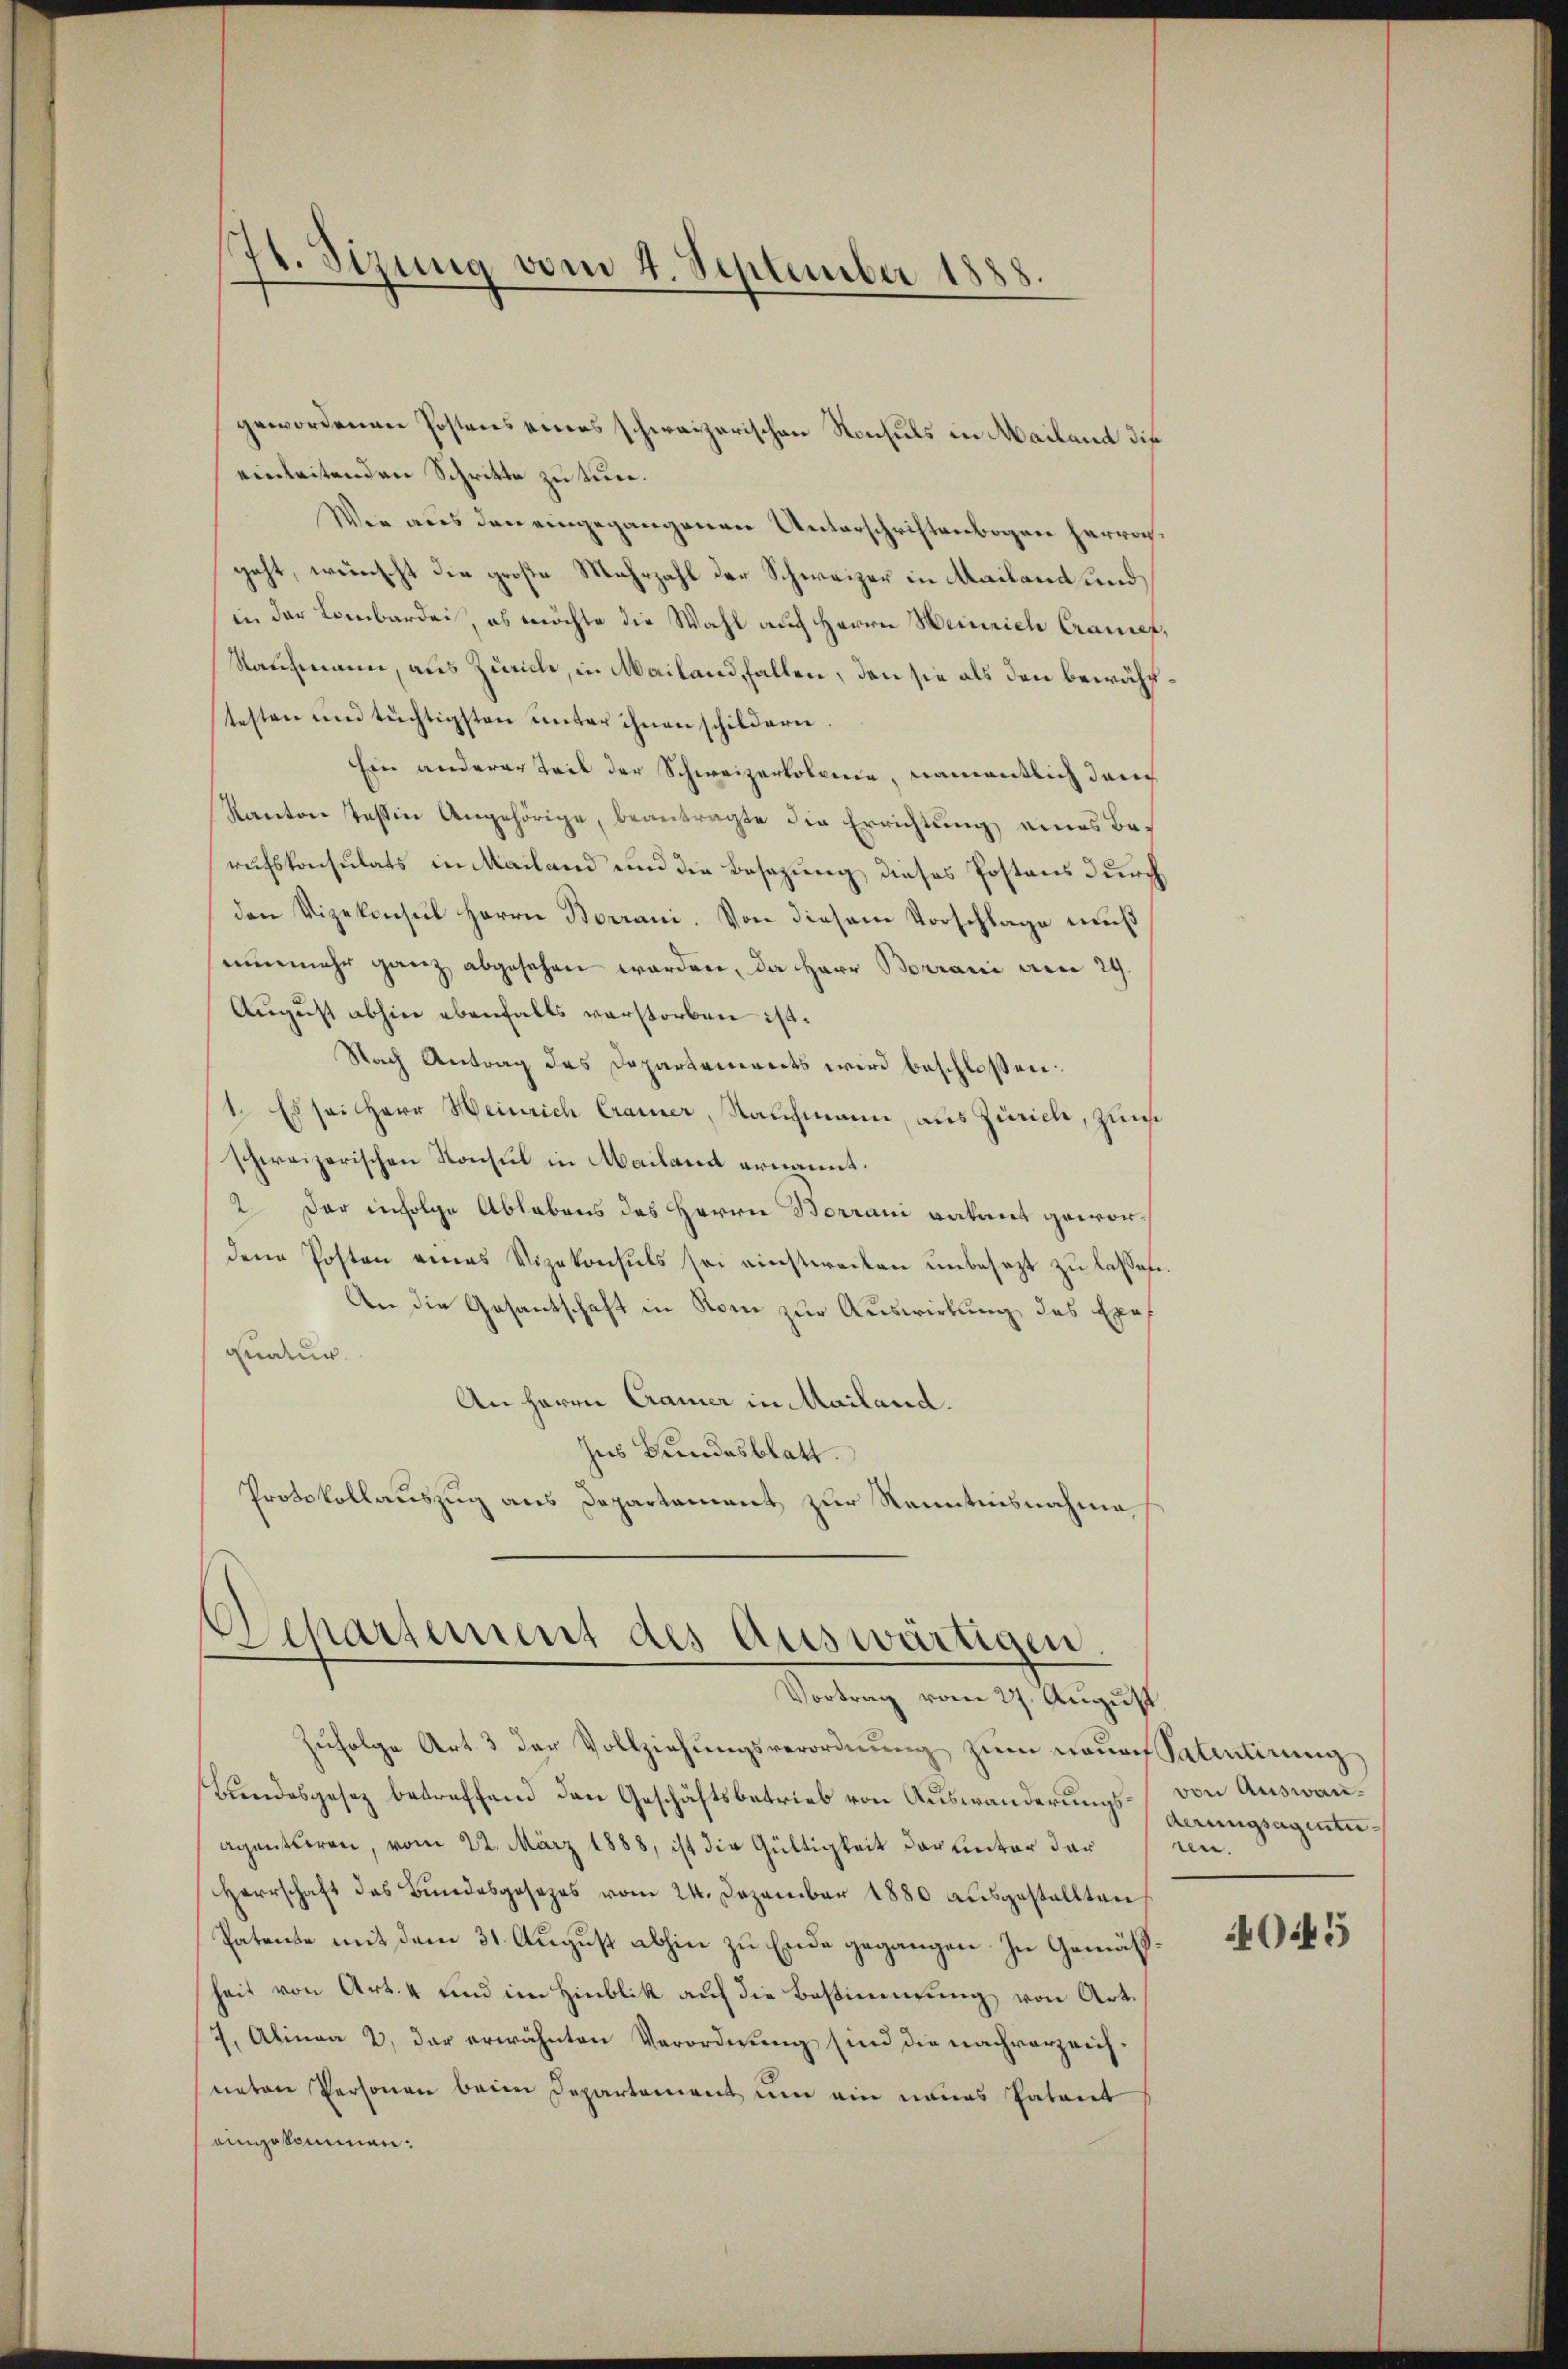
74. Sizung vom 4. September 1888.

gewordenen Postens eines schweizerischen Konsuls in Mailand die
einleitenden Schritte zu tun.
Wie aus den eingegangenen Unterschriftenbogen herroc
geht, wünscht die große Mehrzahl der Schweizer in Mailand und
in der Lombarde, es möchte die Wahl auf Herrn Heinrich Cranef,
Saufmann, aus Zürich, in Mailand, fallen, den sie als den bewähltesten und tüchtigsten unter ihnen schildern.
Ein anderer Teil der Schweizerkolonie, namentlich danc
Kanton Teßin Angehörige, beantragte die Errichtung eines Berufskonsulats in Mailand und die Besezung dieses Postens durch
den Vizekonsul Herrn Borrani. Von diesem Vorschlage muß
nŭnmehr ganz abgesehen worden, da Herr Borrani den 29.
August abhin ebenfalls verstorben ist.
Nach Antrag des Departements wird beschlossen:
1. Es sei Herr Heinrich Cramer, Nachmann, aus Zürich, zum
schweizerischen Konsul in Mailand ernannt.
2. Der infolge Ablebens des Herrn Borrani vakant gewordene Posten eines Vizekonsuls sei einstweilen ŭnbesezt zŭ lassen.
An die Gesantschaft in Rom zur Auswirkung des Exe
quatur.
An Herrn Cramer in Mailand.
Ins Bundesblatt.
Protokollauszug aus Departement zur Kenntnisnahme

Departement des Auswärtigen
Vortrag vom 27. August

Zufolge Art. 3 der Vollziehungsverordnung zum Neues Satentirung
Bundesgesez betreffend den Geschäftsbetrieb von Auswanderungs¬
Agentiren, vom 22. März 1888, ist die Gültigkeit darunter der
Herrschaft das Bŭndesgesezes vom 24. Dezember 1880 aŭsgestellten
Patente mit dem 31. August abhin zu Ende gegangen. In Gemäß
heit von Art. 4 und im Hinblik auf die Bestimmung von Art.
7. Alinea 2. der erwähnten Verordnung sind die nach vorzeichneten Personen beim Departement um ein neues Patent
aingekommen:

von Auswanderungsagentumn.

4045